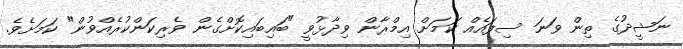
ނަޝީދުގެ ތިން ވަނަ ސިފައެއް ކަމަށް އިމްރާން ވިދާޅުވީ "ބައިބައިކޮށްގެން ވެރިކަންކުރެއްވުން" ކަމަށެވެ.